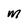
Character: M